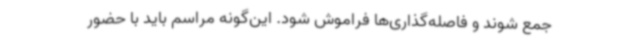
جمع شوند و فاصله‌گذاری‌ها فراموش شود. این‌گونه مراسم باید با حضور